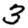
Digit: 3